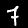
Digit: 7